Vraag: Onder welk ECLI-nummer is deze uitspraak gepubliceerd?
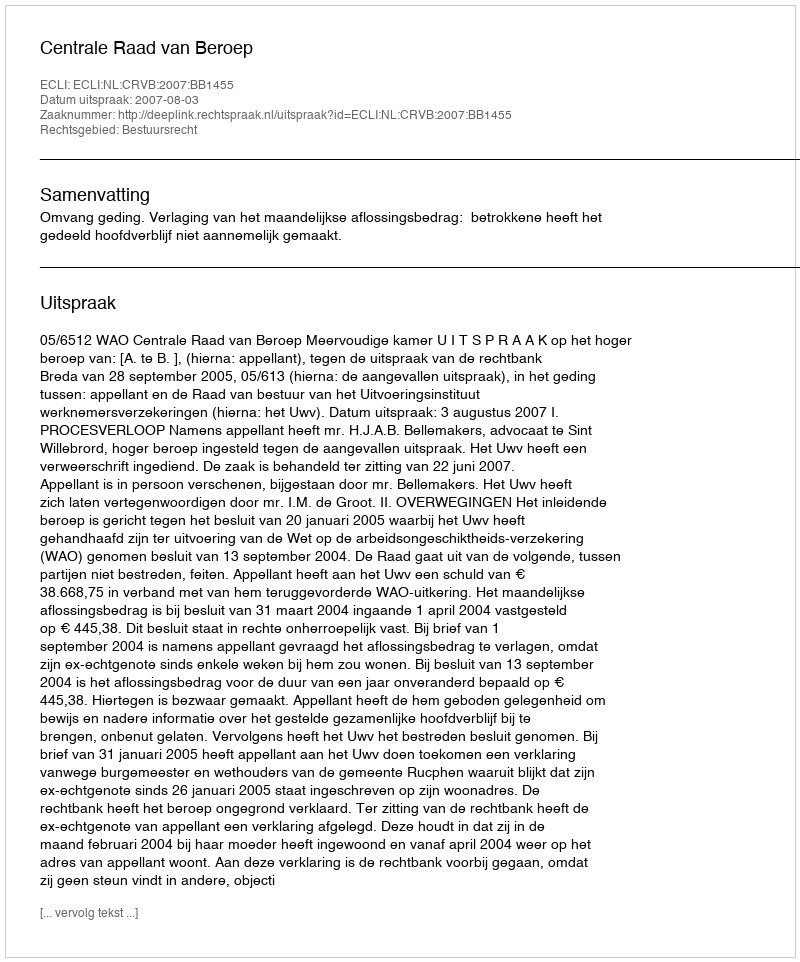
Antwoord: ECLI:NL:CRVB:2007:BB1455